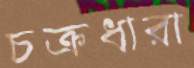
চক্রধারা